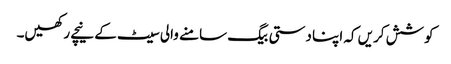
کوشش کریں کہ اپنا دستی بیگ سامنے والی سیٹ کے نیچے رکھیں۔